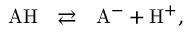
\begin{array} { r } { \mathrm { A H ~ ~ \rightleftarrows ~ ~ A ^ { - } + H ^ { + } , } } \end{array}